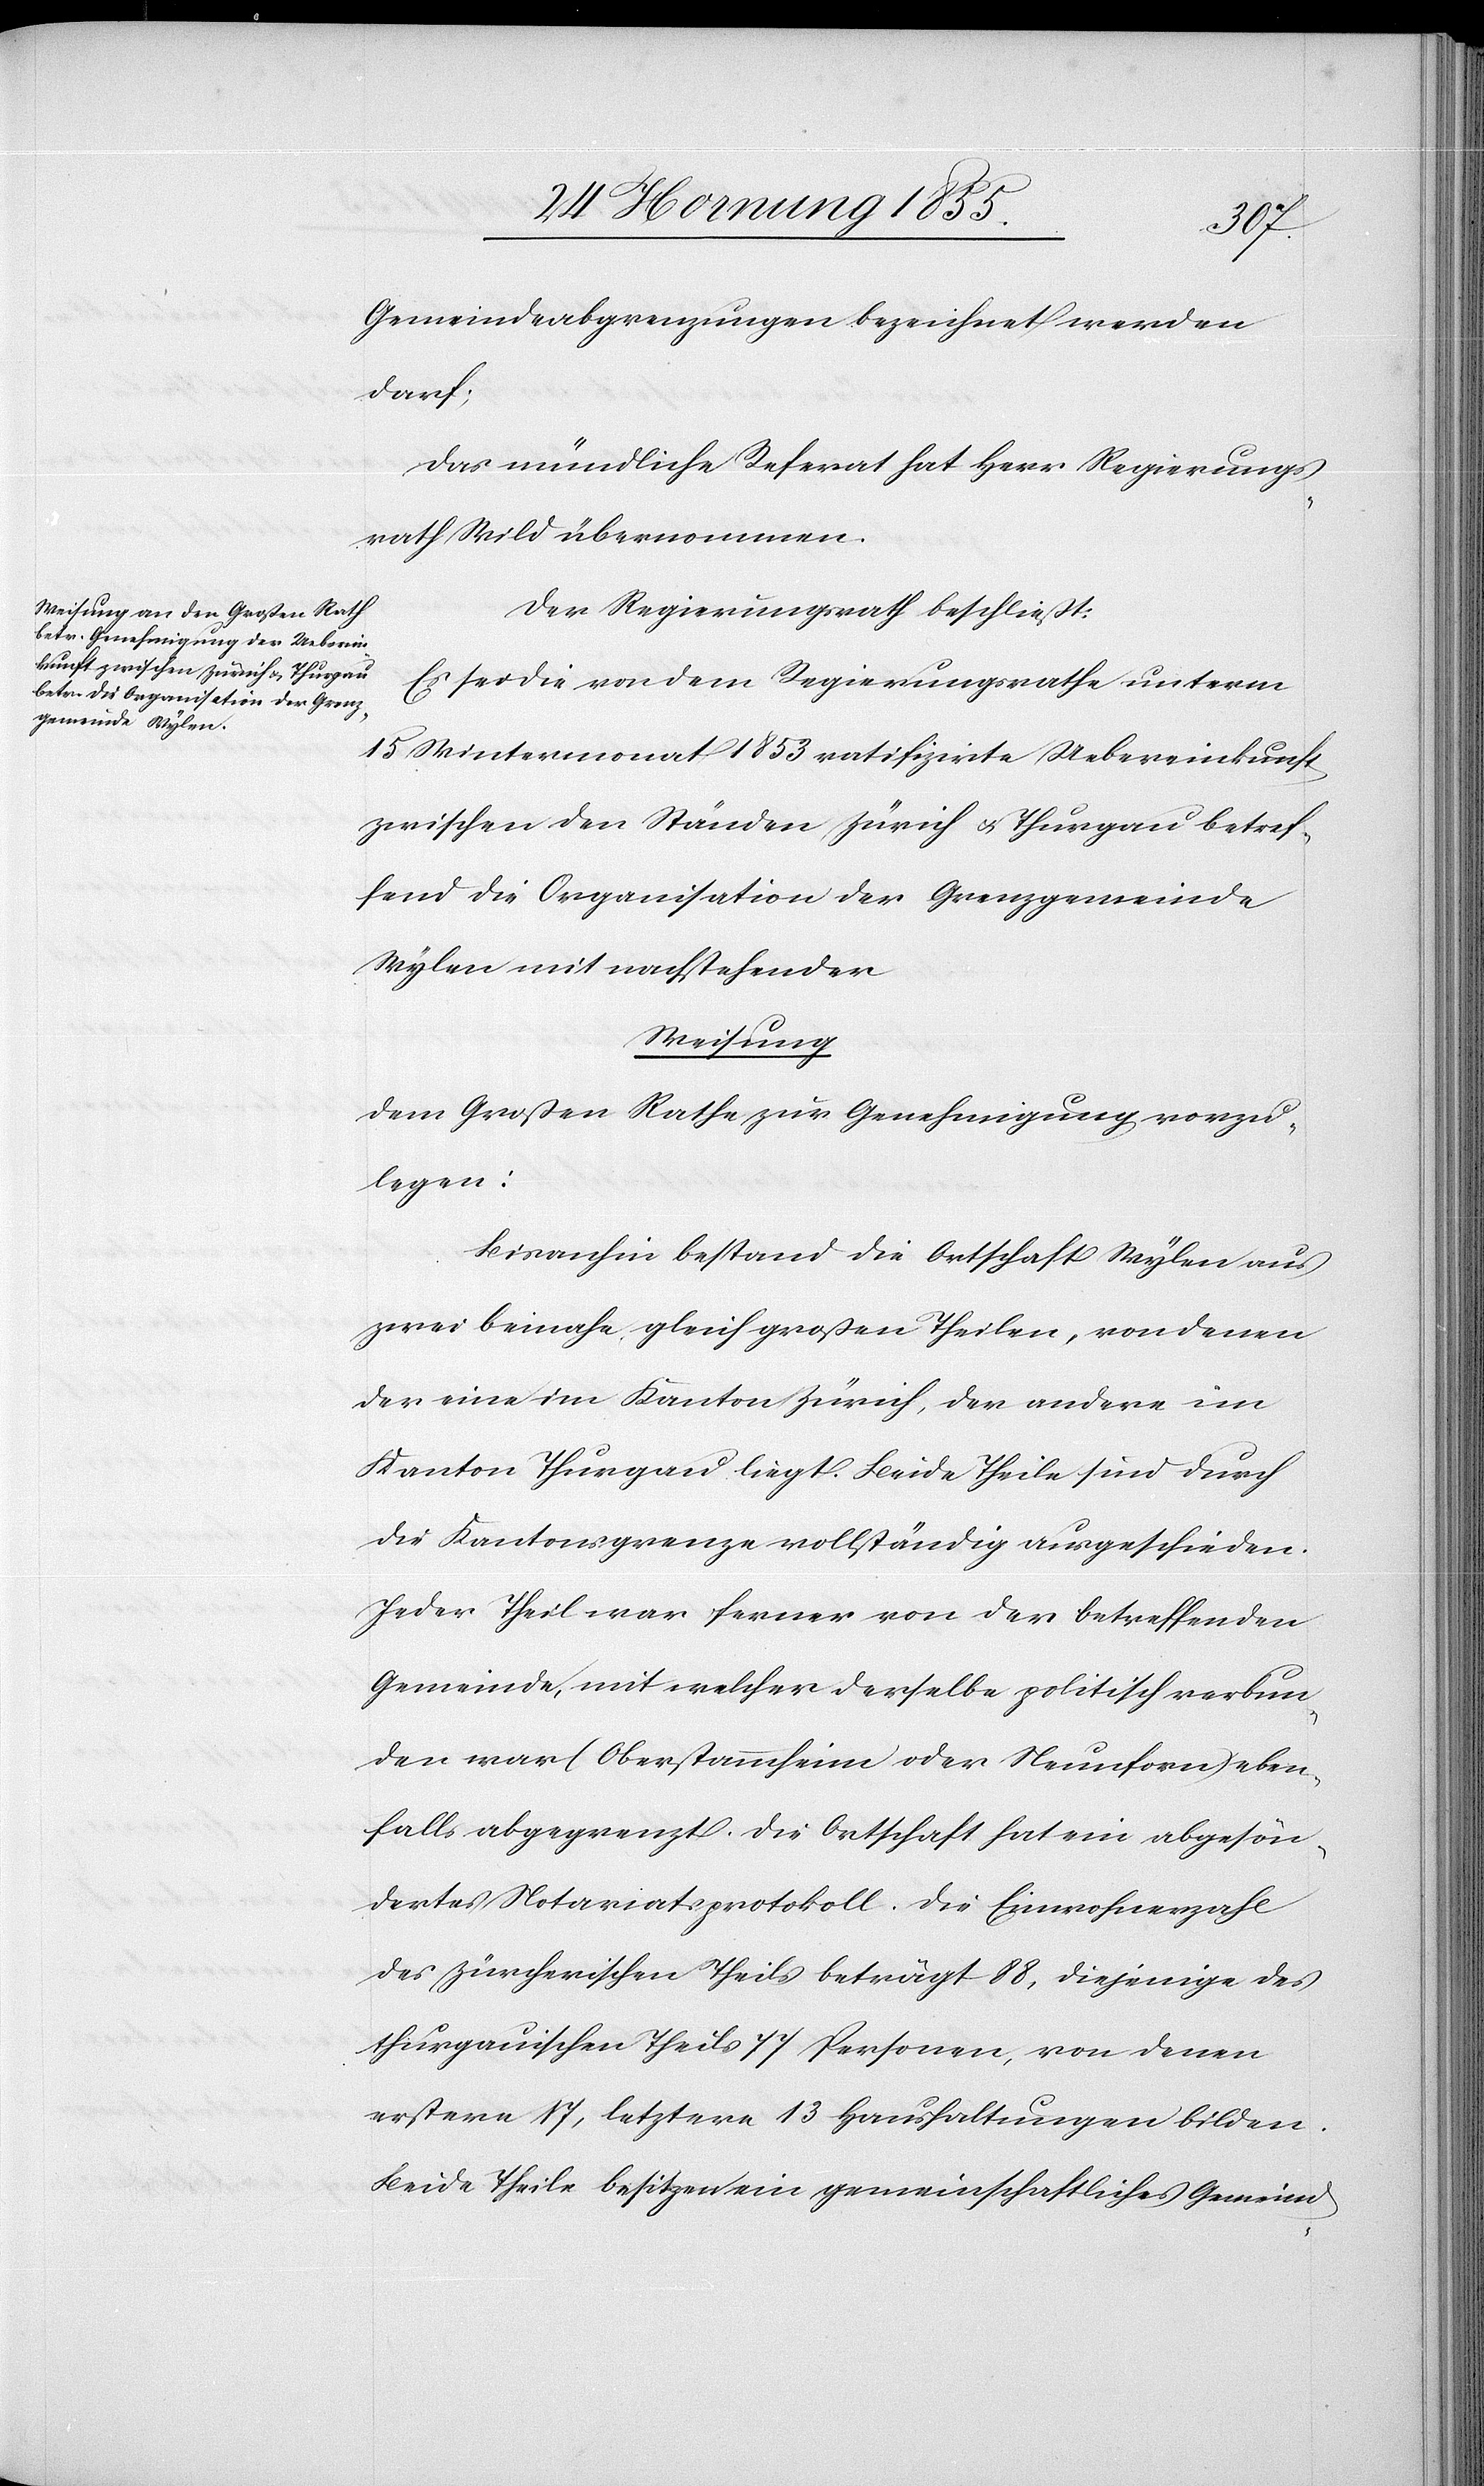
Gemeindeabgrenzungen bezeichnet werden
darf;
Das mündliche Referat hat Herr Regierungs¬
rath Wild übernommen.
Der Regierungsrath beschließt:
Es sei die von dem Regierungsrathe unterm
15 Wintermonat 1853 ratifizirte Uebereinkunft
zwischen den Ständen Zürich & Thurgau betref¬
fend die Organisation der Grenzgemeinde
Wylen mit nachstehender
Weisung
dem Großen Rathe zur Genehmigung vorzu¬
legen:
Bisanhin bestand die Ortschaft Wylen aus
zwei beinahe gleich großen Theilen, von denen
der eine im Kanton Zürich, der andere im
Kanton Thurgau liegt. Beide Theile sind durch
die Kantonsgrenze vollständig ausgeschieden.
Jeder Theil war ferner von der betreffenden
Gemeinde, mit welcher derselbe politisch verbun¬
den war (Oberstammheim oder Neunforn) eben¬
falls abgegrenzt. Die Ortschaft hat ein abgesön¬
dertes Notariatsprotokoll. Die Einwohnerzahl
des zürcherischen Theils beträgt 88, diejenige des
thurgauischen Theils 77 Personen, von denen
erstere 17, letztere 13 Haushaltungen bilden.
Beide Theile besitzen ein gemeinschaftliches Gemeind-